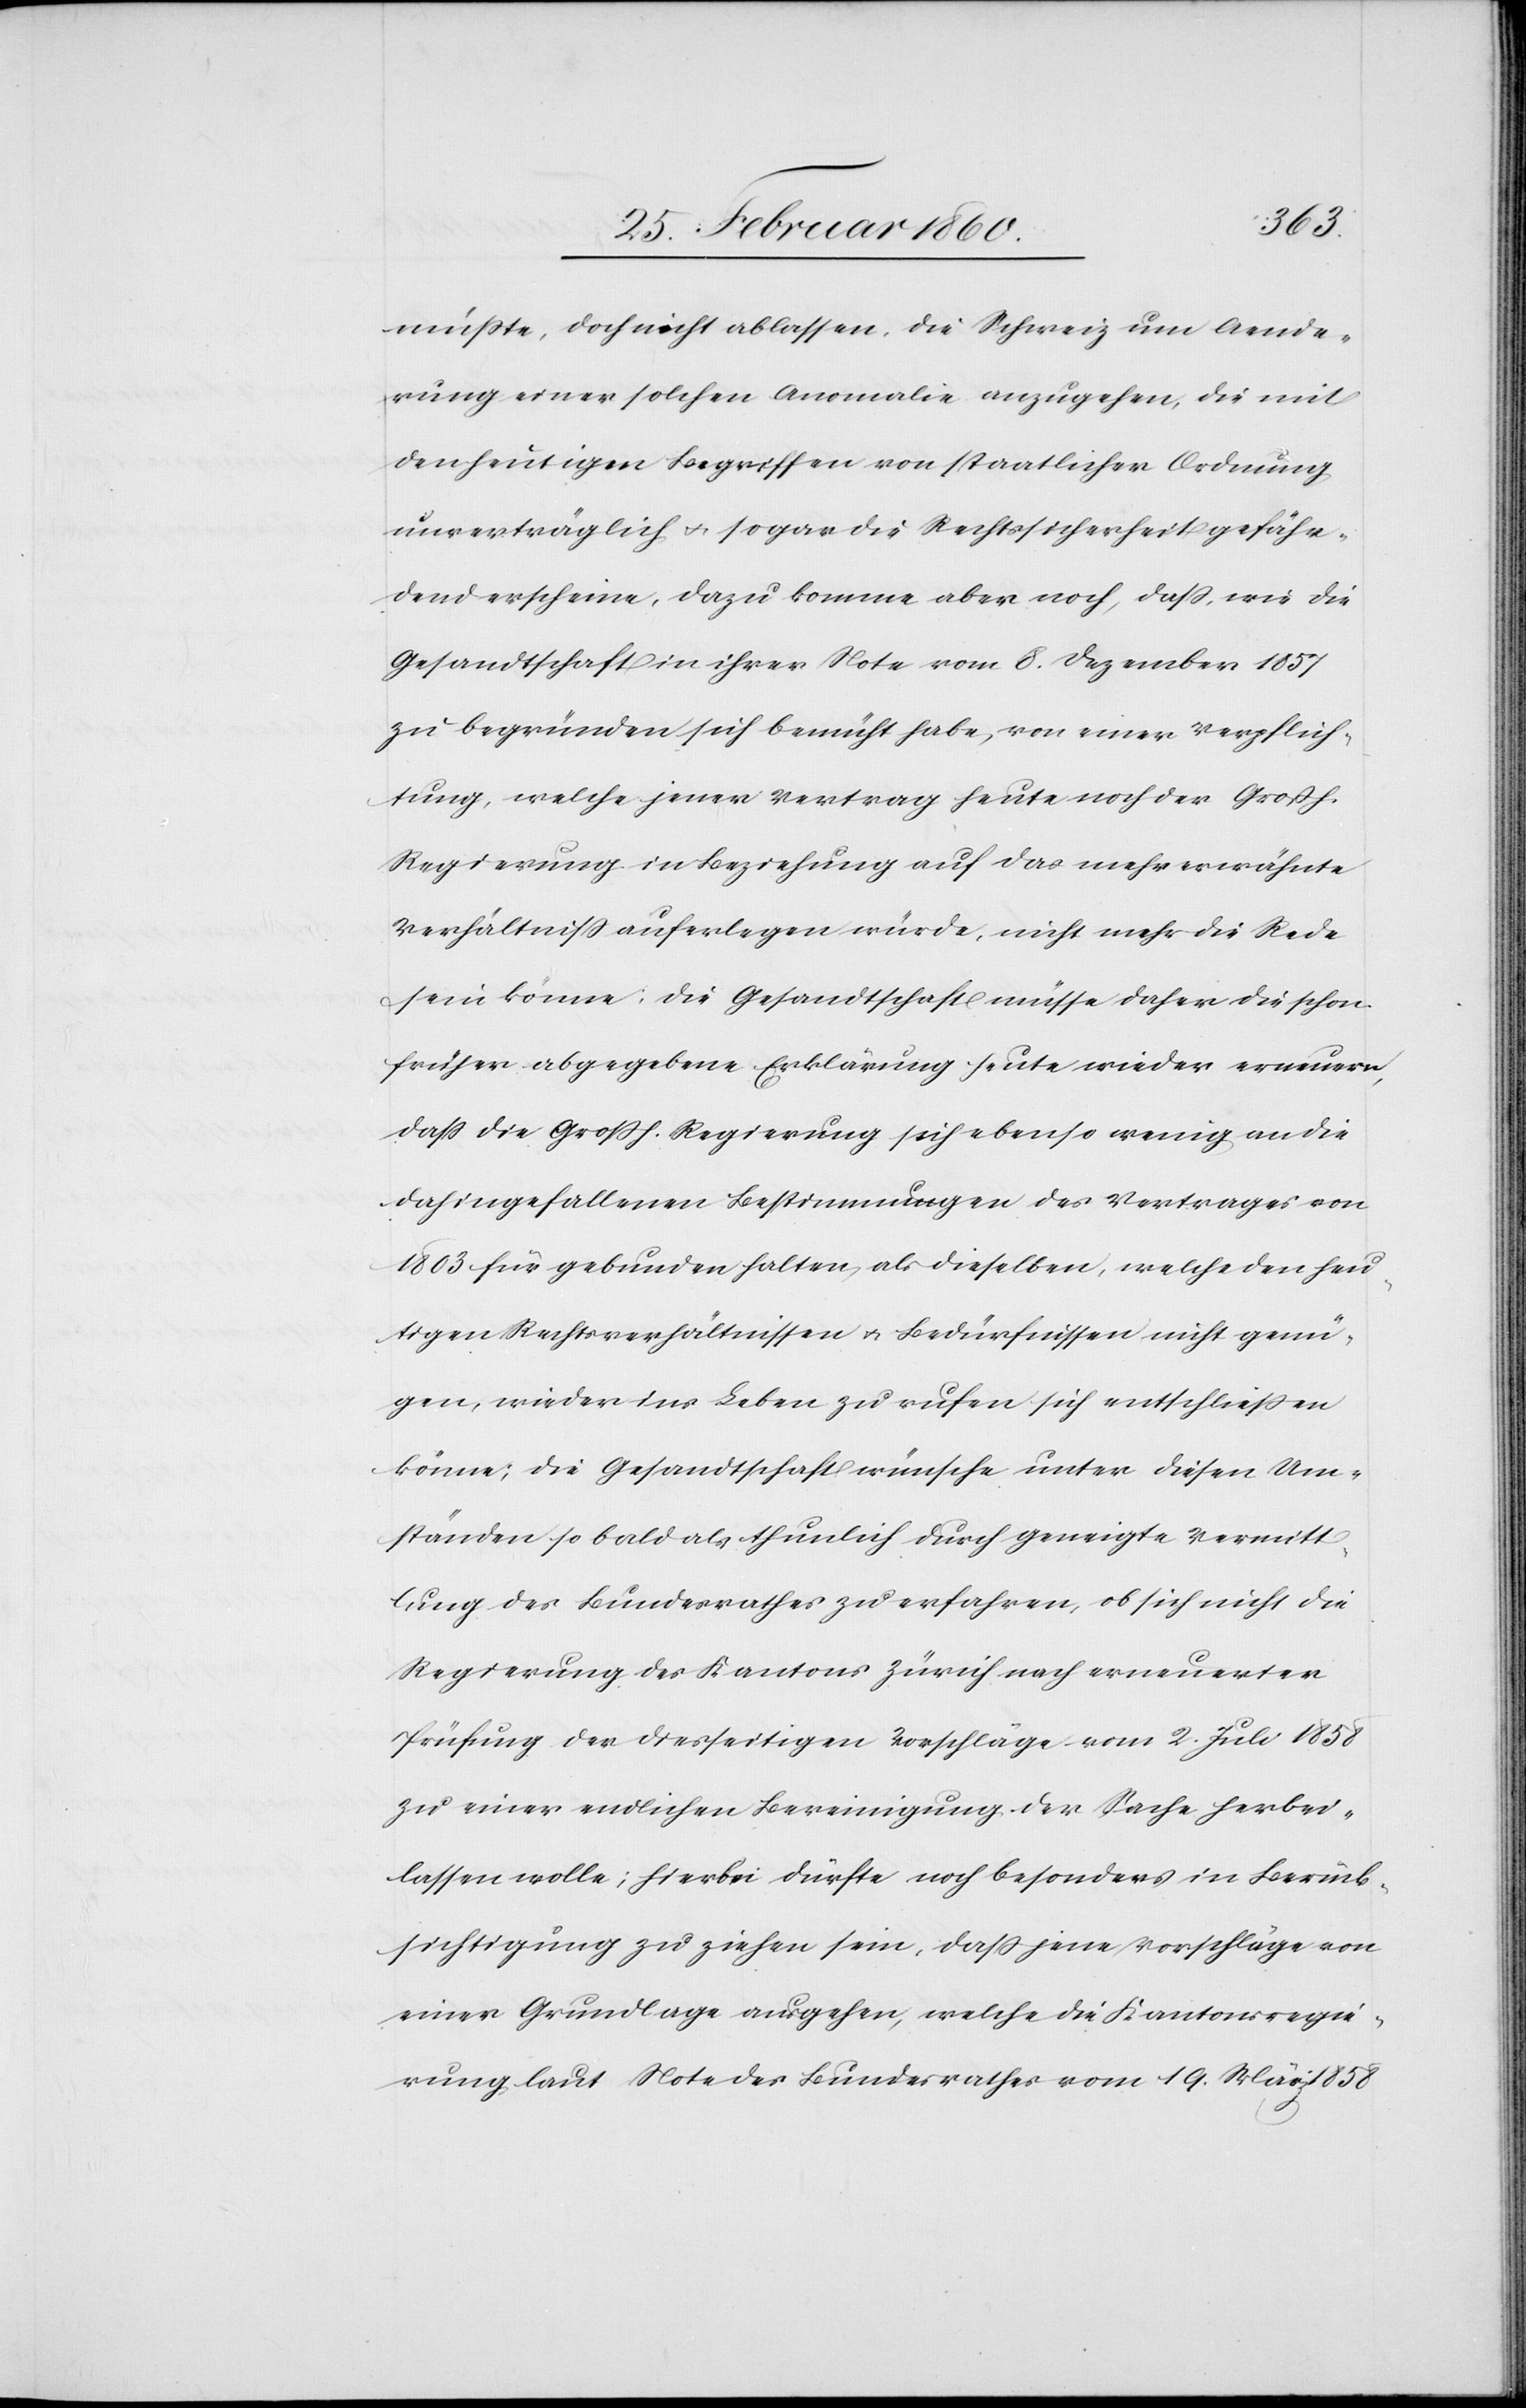
müsste, doch nicht ablassen. Die Schweiz um Aende¬
rung einer solchen Anomalie anzugehen, die mit
den heutigen Begriffen von staatlicher Ordnung
unerträglich u. sogar die Rechtssicherheit gefähr¬
dend erscheine, dazu komme aber noch, dass, wie die
Gesandtschaft in ihrer Note vom 8. Dezember 1857
zu begründen sich bemüht habe, von einer Verpflich¬
tung, welche jener Vertrag heute noch der Grossh.
Regierung in Beziehung auf das mehr erwähnte
Verhältniss auferlegen würde, nicht mehr die Rede
sein könne. Die Gesandtschaft müsse daher die schon
früher abgegebene Erklärung heute wieder erneuern,
dass die Grossh. Regierung sich ebenso wenig an die
dahingefallenen Bestimmungen des Vertrages von
1803 für gebunden halten, als dieselben, welche den heu¬
tigen Rechtsverhältnissen u. Bedürfnissen nicht genü¬
gen, wieder ins Leben zu rufen sich entschließen
könne; die Gesandtschaft wünsche unter diesen Um¬
ständen so bald als thunlich durch geneigte Vermitt¬
lung des Bundesrathes zu erfahren, ob sich nicht die
Regierung des Kantons Zürich nach erneuerter
Prüfung der diesseitigen Vorschläge vom 2. Juli 1858
zu einer endlichen Bereinigung der Sache herbei¬
lassen wolle; hierbei dürfte noch besonders in Berück¬
sichtigung zu ziehen sein, dass jene Vorschläge von
einer Grundlage ausgehen, welche die Kantonsregie¬
rung laut Note des Bundesrathes vom 19. Mai 1858